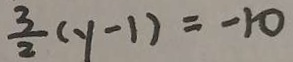
\frac { 3 } { 2 } ( y - 1 ) = - 1 0